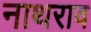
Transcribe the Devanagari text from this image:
नाथराव